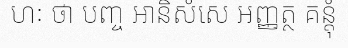
ហៈ ថា បញ្ច អានិសំសេ អញ្ញត្ថ គន្តុំ